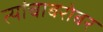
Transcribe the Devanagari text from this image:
त्यांचाबरोबर